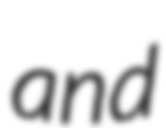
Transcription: and